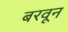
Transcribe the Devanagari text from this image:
बरवून